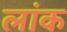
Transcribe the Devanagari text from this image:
लांक